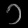
Digit: ၁